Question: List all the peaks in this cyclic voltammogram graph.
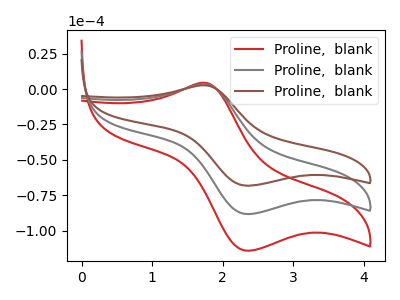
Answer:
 <answer>The red curve "Proline,  blank1" has an anodic peak at (1.75V, 6.95uA) and a cathodic peak at (2.35V, -176.70uA). The gray curve "Proline,  blank2" has an anodic peak at (1.75V, 3.50uA) and a cathodic peak at (2.35V, -88.35uA). The brown curve "Proline,  blank3" has an anodic peak at (1.75V, 2.70uA) and a cathodic peak at (2.35V, -68.30uA).</answer>
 <eval></eval>